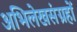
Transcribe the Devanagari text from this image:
अभिलेखसंग्रहों